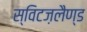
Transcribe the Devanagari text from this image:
स्विटज़लैण्ड